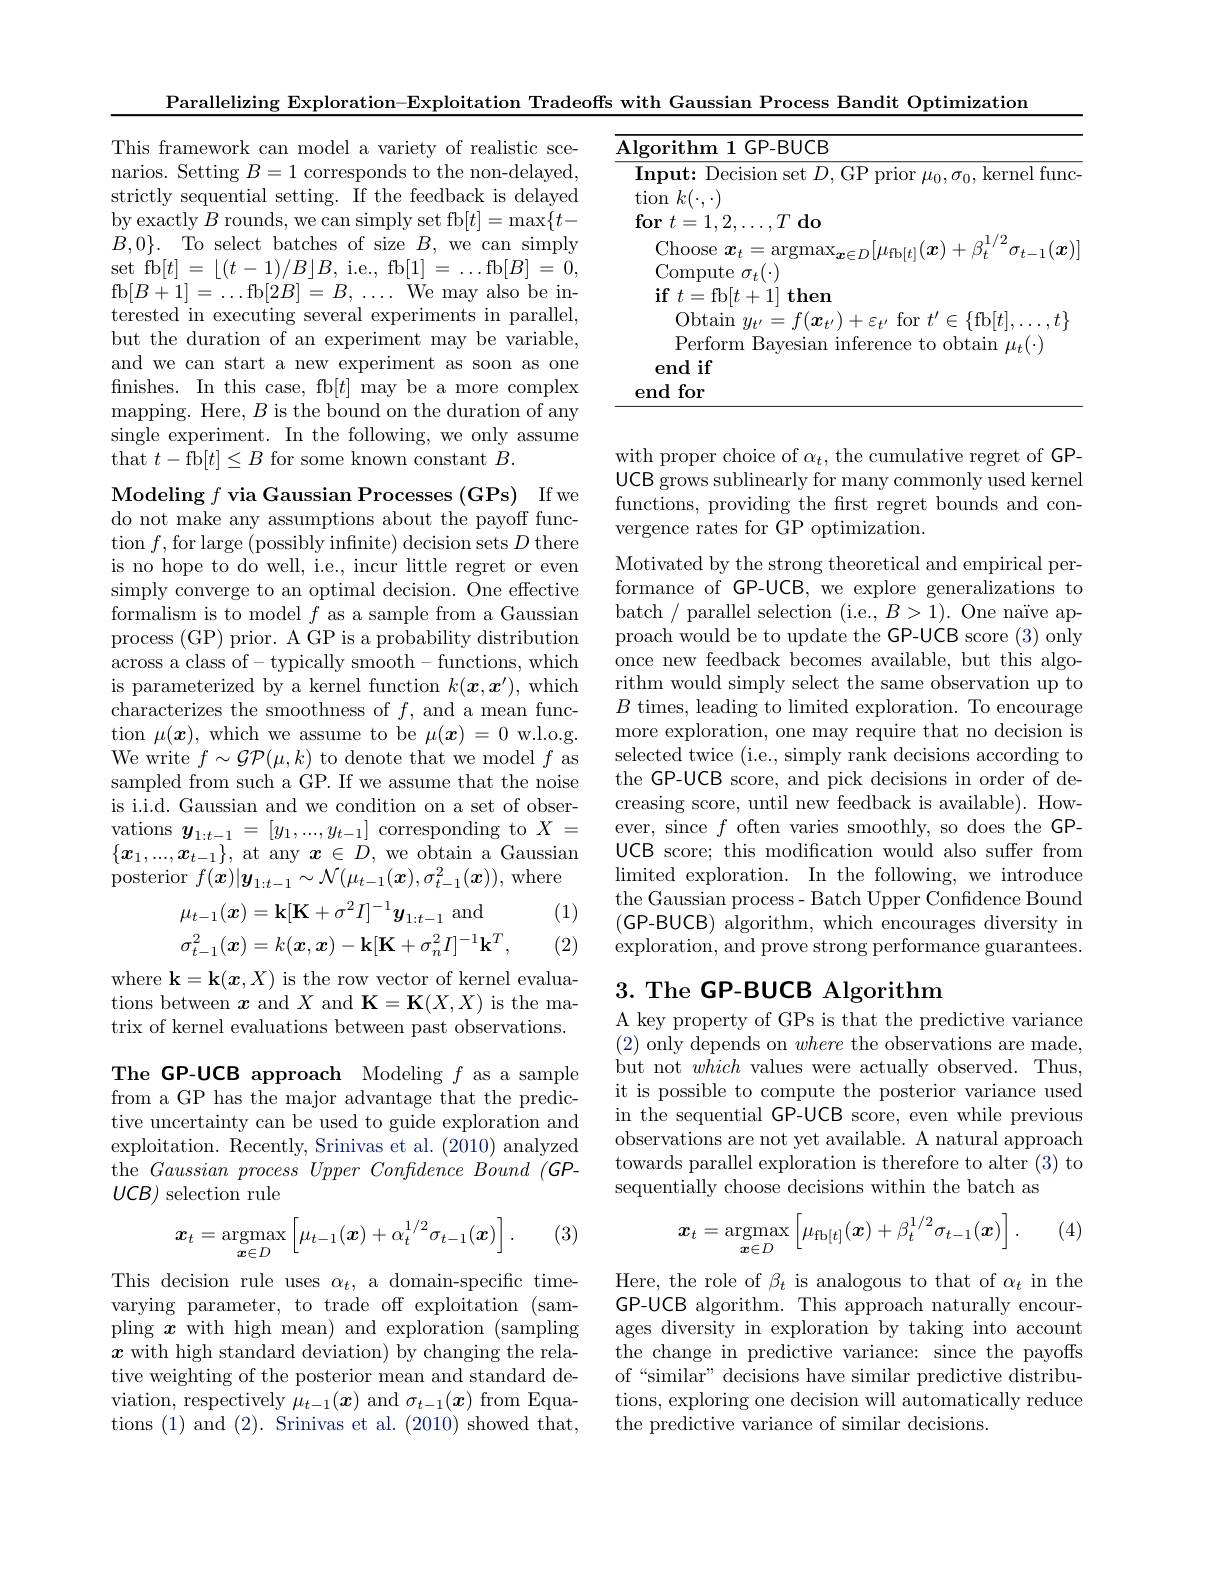
Parallelizing Exploration-Exploitation Tradeoffs with Gaussian Process Bandit Optimization

This framework can model a variety of realistic scenarios. Setting $B=1$ corresponds to the non-delayed, strictly sequential setting. Îf the feedback is delayed $\operatorname*{by}\mathop{\mathrm{exactly}}B\mathop{\mathrm{rounds,~we~can~simply~set~fb}}[t]=\operatorname*{max}\{t-$ $B,0\}.$To select batches of size $B$,we can simply set fb$[t]=\lfloor(t-1)/B\rfloor B$,i.e., fb$[1]=\ldots$fb$[B]=0$, fb$[B+1]=\ldots$fb$[2B]=B,\ldots$We may also be interested in executing several experiments in parallel, but the duration of an experiment may be variable, and we can start a new experiment as soon as one finishes. In this case, fb$[t]$ may be a more complex mapping. Here, $B$ is the bound on the duration of any single experiment. In the following, we only assume that $t-$fb$[t]\leq B$ for some known constant $B.$

with proper choice of $\alpha_t$, the cumulative regret of GPUCB grows sublinearly for many commonly used kernel functions, providing the first regret bounds and convergence rates for $\bar{\text{GP optimization}}.$

Modeling $f$ via Gaussian Processes (GPs) If we do not make any assumptions about the payoff func- $\operatorname{tion}f,\operatorname{for}\operatorname{large}\left(\operatorname{possibly}\operatorname{infinite}\right)\operatorname{decision}\operatorname{sets}D\operatorname{there}$ is no hope to do well, i.e., incur little regret or even simply converge to an optimal decision. $\bar{\text{One effective}}$ formalism is to model $f$ as a sample from a Gaussian process (GP) prior. A GP is a probability distribution across a class of- typically smooth- functions, which is parameterized by a kernel function $k(\boldsymbol{x},\boldsymbol{x}^{\prime})$, which characterizes the smoothness of $f$, and a mean function $\mu(\boldsymbol{x})$, which we assume to be $\mu(\boldsymbol{x})=0$ w.l.o.g. We write $f\sim\mathcal{G}\mathcal{P}(\mu,k)$ to denote that we model $f$ as sampled from such a GP. If we assume that the noise is i.i.d. Gaussian and we condition on a set of observations $y_1:t-1=[y_1,...,y_{t-1}]$ corresponding to $X=$ $\{x_1,...,x_{t-1}\}$, at any $x\in D$, we obtain a Gaussian ${\mathrm{posterior~}f(\dot{\boldsymbol{x}})|\boldsymbol{y}_{1:t-1}}\sim{\mathcal{N}}(\mu_{t-1}(\boldsymbol{x}),\sigma_{t-1}^2(\boldsymbol{x}))$, where
(1)
$$\mu_{t-1}(\boldsymbol{x})=\mathbf{k}[\mathbf{K}+\sigma^{2}I]^{-1}\boldsymbol{y}_{1:t-1}\mathrm{~and}\\\sigma_{t-1}^{2}(\boldsymbol{x})=k(\boldsymbol{x},\boldsymbol{x})-\mathbf{k}[\mathbf{K}+\sigma_{n}^{2}I]^{-1}\mathbf{k}^{T},$$
Motivated by the strong theoretical and empirical performance of GP-UCB, we explore generalizations to batch / parallel selection (i.e., $B>1).$ One naïve approach would be to update the GP-UCB score (3) only once new feedback becomes available, but this algorithm would simply select the same observation up to $B$ times, leading to limited exploration. To encourage more exploration, one may require that no decision is selected twice (i.e., simply rank decisions according to the GP-UCB score, and pick decisions in order of decreasing score, until new feedback is available). However, since $f$ often varies smoothly, so does the GPUCB score; this modification would also suffer from limited exploration. In the following, we introduce the Gaussian process- Batch Upper Confidence Bound (GP-BUCB) algorithm, which encourages diversity in exploration, and prove strong performance guarantees.

(2)

## 3. The GP-BUCB Algorithm

where $\mathbf{k}=\mathbf{k}(x,X)$ is the row vector of kernel evaluations between $\boldsymbol x$ and $X$ and $\mathbf{K}=\mathbf{K}(X,X)$ is the matrix of kernel evaluations between past observations.

A key property of GPs is that the predictive variance (2) only depends on where the observations are made, but not which values were actually observed. Thus, it is possible to compute the posterior variance used in the sequential GP-UCB score, even while previous observations are not yet available. A natural approach towards parallel exploration is therefore to alter (3) to sequentially choose decisions within the batch as

The GP-UCB approach Modeling $f$ as a sample from a GP has the major advantage that the predictive uncertainty can be used to guide exploration and exploitation. Recently, Srinivas et al. (2010) analyzed the Gaussian process Upper Confidence Bound (GP- $UCB)$ selection rule

(4)
$$\boldsymbol{x}_t=\underset{\boldsymbol{x}\in D}{\mathrm{argmax}}\left[\mu_{\mathrm{fb}[t]}(\boldsymbol{x})+\beta_t^{1/2}\sigma_{t-1}(\boldsymbol{x})\right].$$
(3)
$$\boldsymbol{x}_{t}=\underset{\boldsymbol{x}\in D}{\mathrm{argmax}}\left[\mu_{t-1}(\boldsymbol{x})+\alpha_{t}^{1/2}\sigma_{t-1}(\boldsymbol{x})\right].$$
Here, the role of $\beta_t$ is analogous to that of $\alpha_t$ in the GP-UCB algorithm. This approach naturally encourages diversity in exploration by taking into account the change in predictive variance: since the payoffs of“similar” decisions have similar predictive distributions, exploring one decision will automatically reduce the predictive variance of similar decisions.

This decision rule uses $\alpha_t$, a domain-specific timevarying parameter, to trade off exploitation (sampling $x$ with high mean) and exploration (sampling $x$ with high standard deviation) by changing the relative weighting of the posterior mean and standard deviation, respectively $\mu_{t-1}(\boldsymbol x)$ and $\sigma_{t-1}(\boldsymbol x)$ from Equations (1) and (2). Srinivas et al.(2010) showed that,